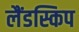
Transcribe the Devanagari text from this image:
लैंडस्किप